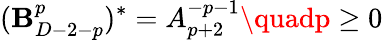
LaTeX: (\mathbf{B}_{D-2-p}^{p})^{*}=A_{p+2}^{-p-1}\quadp\ge0